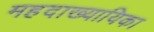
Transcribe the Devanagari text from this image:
महदाख्यायिका